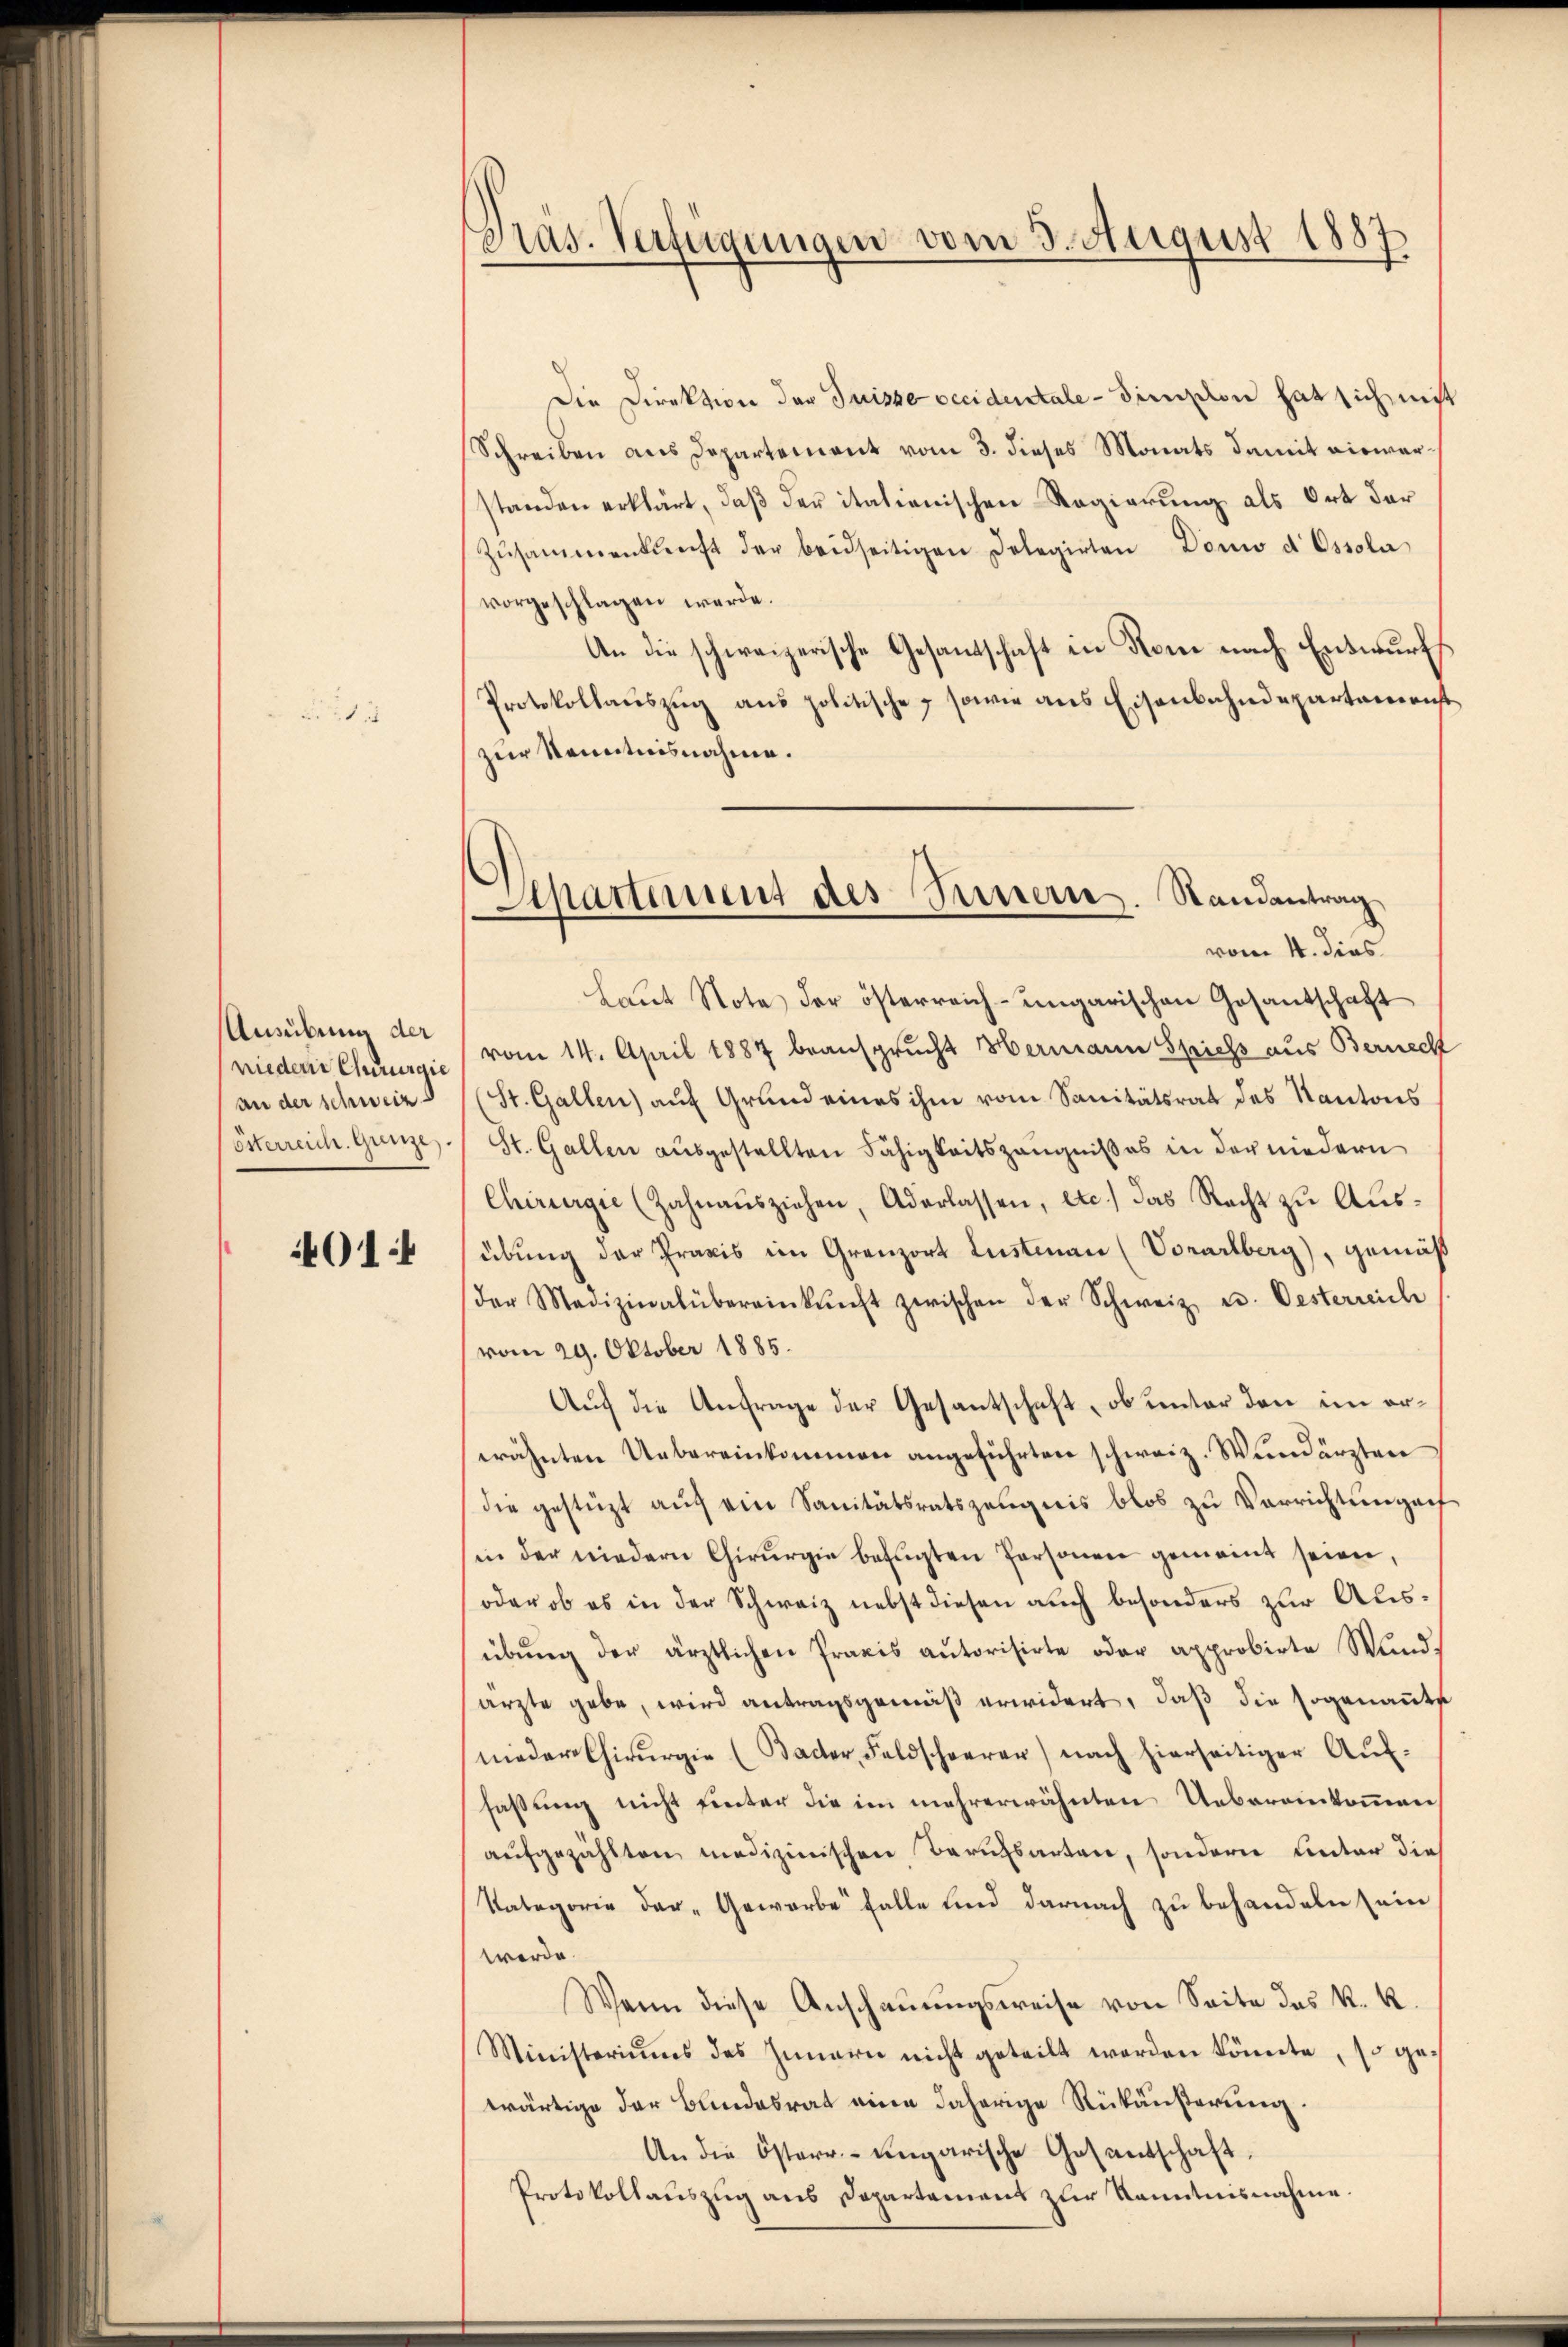
Ausübung der
nieder Cururgie
an der schweiz
Esterreich. Gunze

014

Präs. Verfügungen vom 3. August 1887

Die Direktion der Juisse vecidentale - Simon hat sich nicht
Schreiben aus Departement vom 3. dieses Monats damit eiswarstanden erklärt, daβ der italienischen Regierung als Ort der
Zŭsammenkunft der beidseitigen Delegirten Dono d Essola
vorgeschlagen werde.
An die schweizerische Gesantschaft in Rom nach Entwurfs
Protokollauszug aus politische, sowie aus Eisenbahndepartamenst
zur Kenntnisnahme.
Laŭt Nota der österreich-ungarischen Gosantschaft
vom 14. April 1887 beansprucht Hermann Spiels aus Bernecht
St. Gallen) auf Grund eines ihm vom Sanitätsrat des Kantons
St. Gallen aŭsgestellten Fähigkeitszeugnißes in der niedern
Chirurgie (Zahnaŭsziehen, Aderlassen, etc.) das Recht zu Ausübung der Praxis im Gränz(...) Lustenan (Vorarlberg), gemäß
der Medizinalübereinkunft zwischen der Schweiz u. Oesterreiche
vom 29. Oktober 1885.
Auf die Anfrage der Gesantschaft, ob unter den im erwähnten Uebereinkommen angeführten schweiz. Wundärzten
die gestüzt aŭf ein Sanitätsratszeugnis blos zu Verrichtungef
in der niedern Chirurgie befugten Personen gemeint seien,
oder ob es in der Schweiz nebst diesen auch besonders zur Ausübŭng der ärztlichen Praxis autorisirte oder approbirte Wund-
ärzte gebe, wird antragsgemäß erwidert, daß die sogenannte
nieder Chirurgie (Bacter, Feldschwerer nach hierseitiger Aŭf-
faßung nicht hinter die im mehrerwähnten Uebereinkommen
aŭfgezählten medizinischen Berufsarteie, sondern unter die
Kategorie der „Gewerbe falle und darnach zu behandeln sein
werde
Wann diese Anschaŭŭngsweise von Seite das K. K.
Ministeriums des Innern nicht geteilt werden könnte, so ge-
wärtige der Bundesrat eine daherige Rückäußerung.
An die Osterr.-ungarische Gesantschaft.
Protokollauszug aus Departement zur Kenntnisnahme.

Apartement des Innern. Randantrag
vom 4. dies